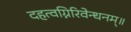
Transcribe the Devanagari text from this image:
दहत्वग्निरिवेन्धनम्॥